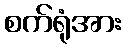
စက်ရုံအား